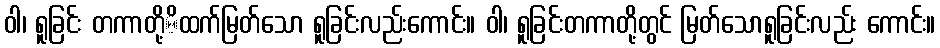
ဝါ၊ ရူခြင်း တကာတို့ိထက်မြတ်သော ရူခြင်းလည်းကောင်း။ ဝါ၊ ရူခြင်းတကာတို့တွင် မြတ်သောရူခြင်းလည်း ကောင်း။